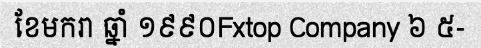
ខែមករា ឆ្នាំ ១៩៩០Fxtop Company ៦ ៥-